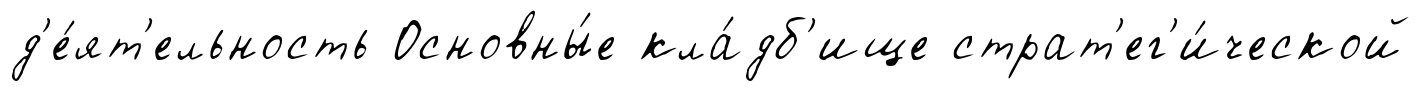
д'е́ят'ельность Основны́е кла́дб'ище страт'ег'и́ческой